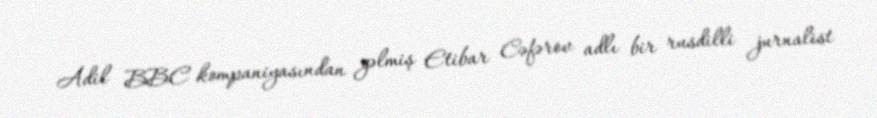
Adil BBC kompaniyasından gəlmiş Etibar Cəfərov adlı bir rusdilli jurnalist